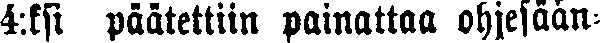
4:ksi päätettiin painattaa ohjesään-